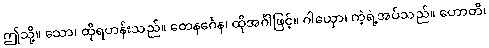
ဤသို့။ သော၊ ထိုရဟန်းသည်။ တေနင်္ဂေန၊ ထိုအင်္ဂါဖြင့်။ ဂါယှော၊ ကဲ့ရဲ့အပ်သည်။ ဟောတိ၊